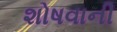
શોષવાની